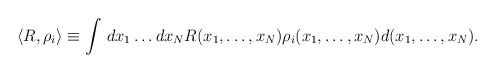
\begin{align*}\langle R, \rho_i \rangle \equiv \int \, dx_1\dots dx_N R( x_1,\ldots,x_N) \rho_i( x_1,\ldots,x_N) d( x_1,\ldots,x_N).\end{align*}